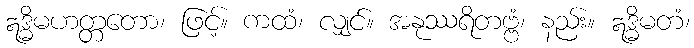
ဣဒ္ဓိမဟတ္တတော၊ ဖြင့်။ ကထံ၊ လျှင်။ အနုဿရိတဗ္ဗံ၊ နည်း။ ဣဒ္ဓိမတံ၊